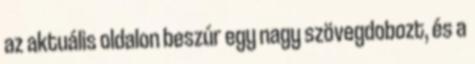
az aktuális oldalon beszúr egy nagy szövegdobozt, és a